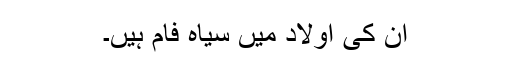
ان کی اولاد میں سیاہ فام ہیں۔